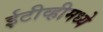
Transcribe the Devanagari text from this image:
ईटीव्हीमध्ये